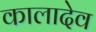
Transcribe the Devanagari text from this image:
कालादेव